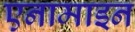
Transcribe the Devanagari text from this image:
एनामाइन